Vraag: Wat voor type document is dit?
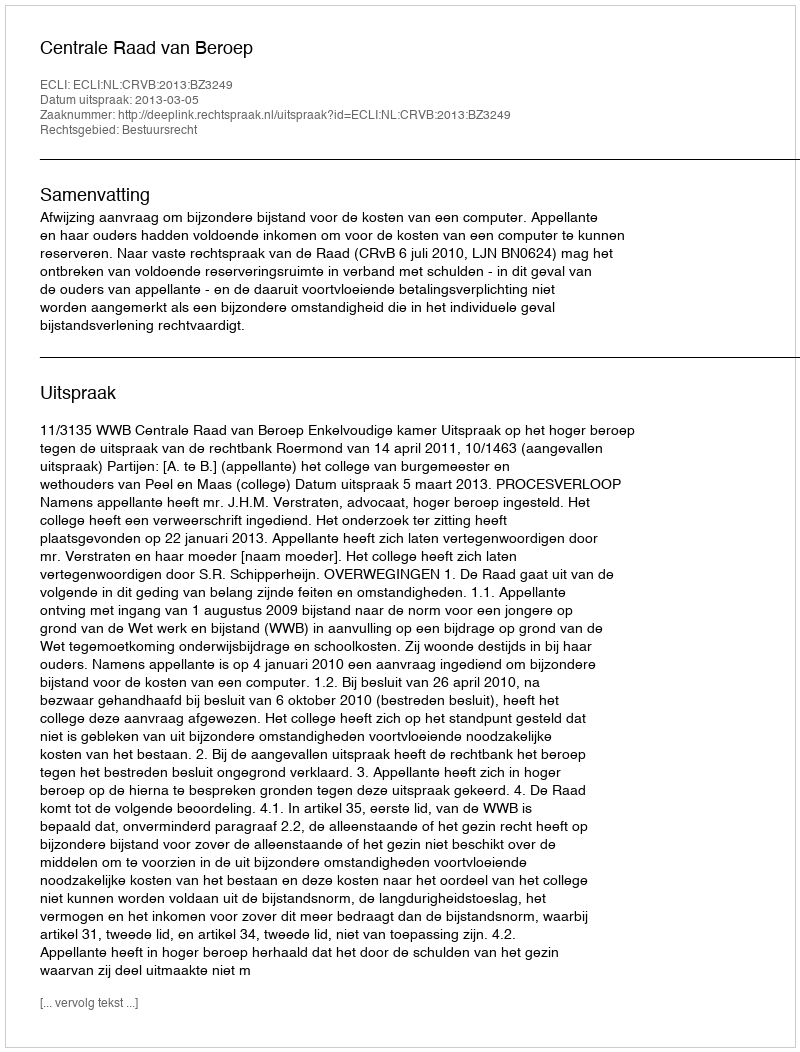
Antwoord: Uitspraak